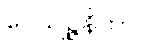
ဝေယျဉ္ဇနိကာ